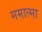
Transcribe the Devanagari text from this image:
ममात्मा